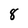
Character: 8